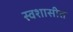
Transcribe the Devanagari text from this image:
स्वशासीत